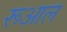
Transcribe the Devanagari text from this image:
रूआल